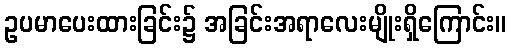
ဥပမာပေးထားခြင်း၌ အခြင်းအရာလေးမျိုးရှိကြောင်း။